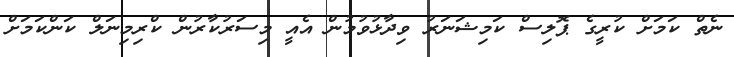
ނެތް ކަމަށް ކުރީގެ ޕޮލިސް ކަމިޝަނަރު ވިދާޅުވުމުން އެއީ މިސަރުކާރުން ކްރިމިނަލް ކަންކަމަށް